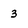
Character: 3